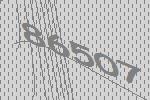
86507